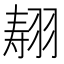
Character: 𰭣